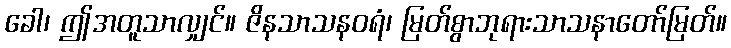
ခေါ၊ ဤအတူသာလျှင်။ ဇိနသာသနဝရံ၊ မြတ်စွာဘုရားသာသနာတော်မြတ်။